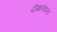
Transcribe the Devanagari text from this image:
दीखनेवाला